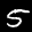
Label: 5